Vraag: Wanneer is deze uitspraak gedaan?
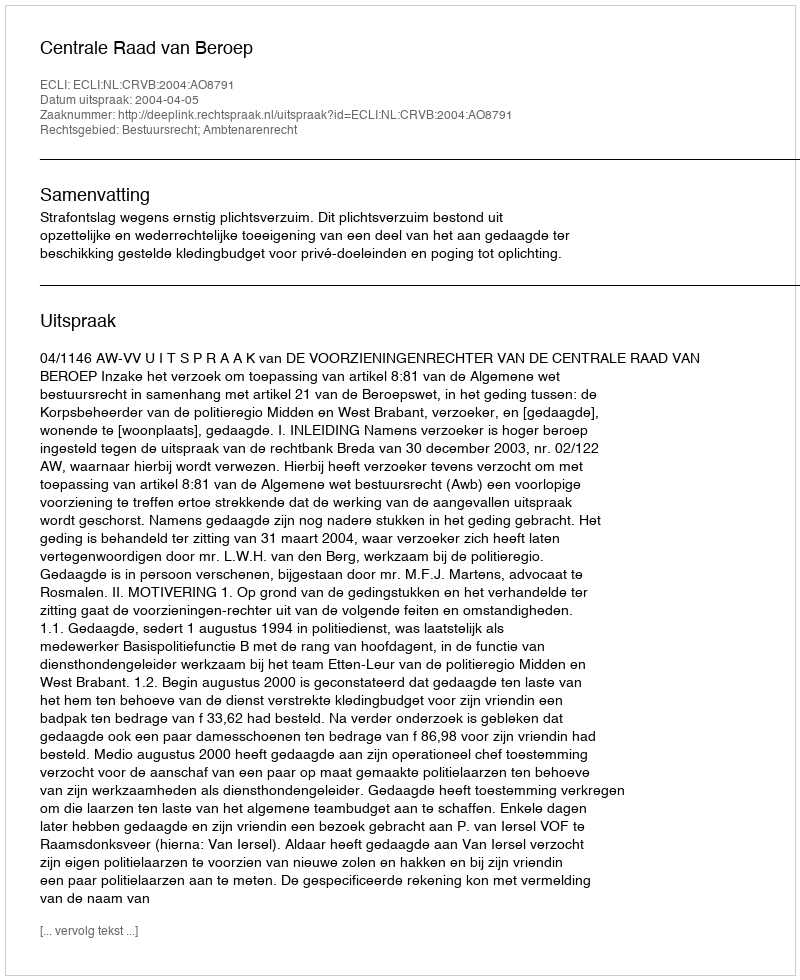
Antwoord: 2004-04-05